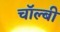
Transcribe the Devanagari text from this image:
चॉल्बी